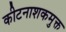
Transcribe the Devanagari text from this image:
कीटनाशकमुक्त